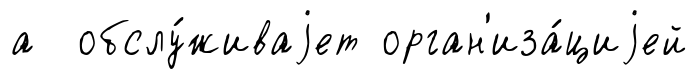
а обслу́живаjет орган'иза́циjей